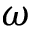
\omega